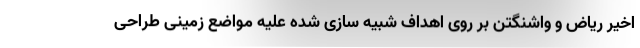
اخیر ریاض و واشنگتن بر روی اهداف شبیه سازی شده علیه مواضع زمینی طراحی